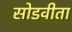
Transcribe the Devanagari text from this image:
सोडवीता